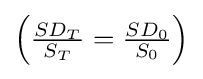
\textstyle \left({\tfrac {SD_{T}}{S_{T}}}={\tfrac {SD_{0}}{S_{0}}}\right)